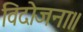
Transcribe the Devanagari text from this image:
विदोजना॥